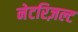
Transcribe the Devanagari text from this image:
नेटरिज़ल्ट